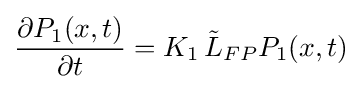
{\frac {\partial P_{1}(x,t)}{\partial t}}=K_{1}\,{\tilde {L}}_{FP}P_{1}(x,t)